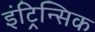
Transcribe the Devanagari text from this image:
इंट्रिन्सिक